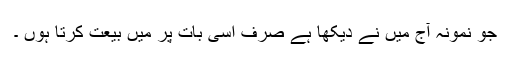
جو نمونہ آج میں نے دیکھا ہے صرف اسی بات پر میں بیعت کرتا ہوں ۔